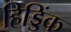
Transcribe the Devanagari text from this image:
हिड्डिंक